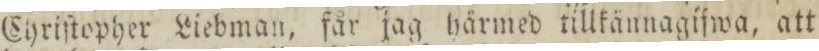
Chriſtopher Liebman, får jag härmed tillkännagifwa, att